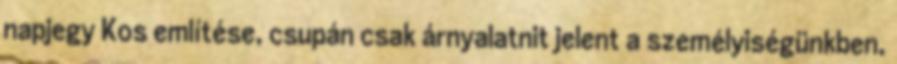
napjegy Kos említése, csupán csak árnyalatnit jelent a személyiségünkben,